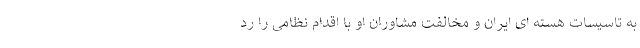
به تاسیسات هسته ای ایران و مخالفت مشاوران او با اقدام نظامی را رد